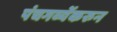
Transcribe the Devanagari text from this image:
पंचगव्येंकरुन